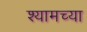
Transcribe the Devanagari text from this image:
श्यामच्या